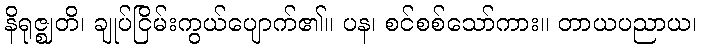
နိရုဇ္ဈတိ၊ ချုပ်ငြိမ်းကွယ်ပျောက်၏။ ပန၊ စင်စစ်သော်ကား။ တာယပညာယ၊